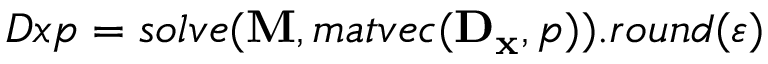
D x p = s o l v e ( \mathbf { M } , m a t v e c ( \mathbf { D _ { x } } , p ) ) . r o u n d ( \varepsilon )